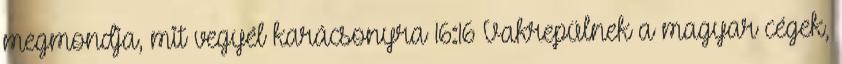
megmondja, mit vegyél karácsonyra 16:16 Vakrepülnek a magyar cégek,